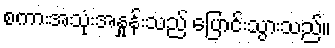
စကားအသုံးအနှုန်းသည် ပြောင်းသွားသည်။